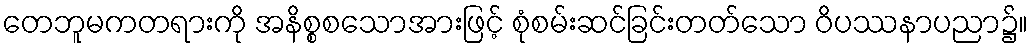
တေဘူမကတရားကို အနိစ္စစသောအားဖြင့် စုံစမ်းဆင်ခြင်းတတ်သော ဝိပဿနာပညာ၌။